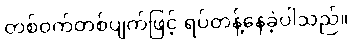
တစ်ဝက်တစ်ပျက်ဖြင့် ရပ်တန့်နေခဲ့ပါသည်။